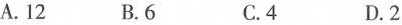
A.12 B.6 C.4 D.2